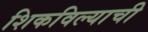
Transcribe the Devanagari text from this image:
शिकविल्याची